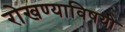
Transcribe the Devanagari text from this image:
रोखण्याविषयी